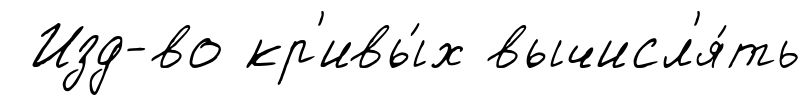
Изд-во кр'ивы́х вычисл'я́ть